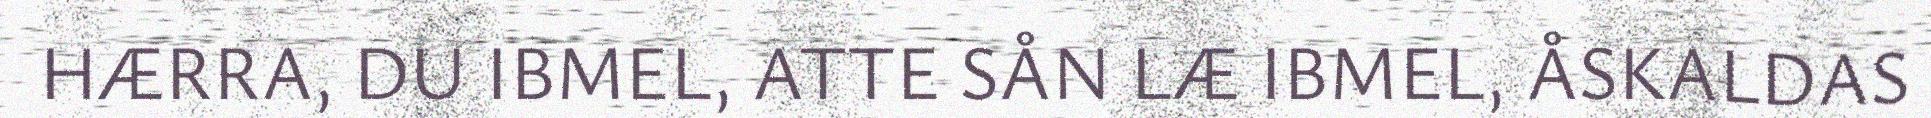
HÆRRA, DU IBMEL, ATTE SÅN LÆ IBMEL, ÅSKALDAS